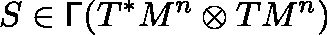
S \in \mathsf { \Gamma } ( T ^ { * } M ^ { n } \otimes T M ^ { n } )